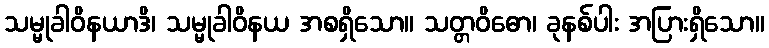
သမ္မုခါဝိနယာဒိ၊ သမ္မုခါဝိနယ အစရှိသော။ သတ္တဝိဓော၊ ခုနစ်ပါး အပြားရှိသော။